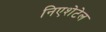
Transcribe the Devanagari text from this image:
निएशेटेल